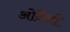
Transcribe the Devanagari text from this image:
ओदैसी